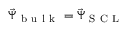
\vec { \Psi } _ { \mathrm { ~ b ~ u ~ l ~ k ~ } } = \vec { \Psi } _ { \mathrm { ~ S ~ C ~ L ~ } }